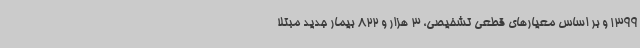
1399 و بر اساس معیارهای قطعی تشخیصی، 3 هزار و 822 بیمار جدید مبتلا